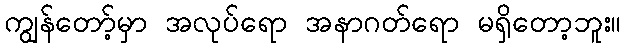
ကျွန်တော့်မှာ အလုပ်ရော အနာဂတ်ရော မရှိတော့ဘူး။